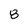
Character: 8